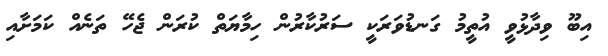
އިބޫ ވިދާޅުވީ އުތީމު ގަނޑުވަރަކީ ސަރުކާރުން ހިމާޔަތް ކުރަން ޖެހޭ ތަނެއް ކަމަށާއި